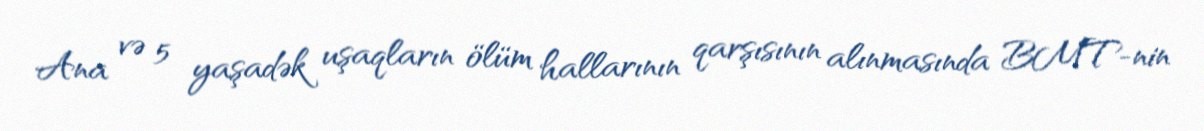
Ana və 5 yaşadək uşaqların ölüm hallarının qarşısının alınmasında BMT-nin